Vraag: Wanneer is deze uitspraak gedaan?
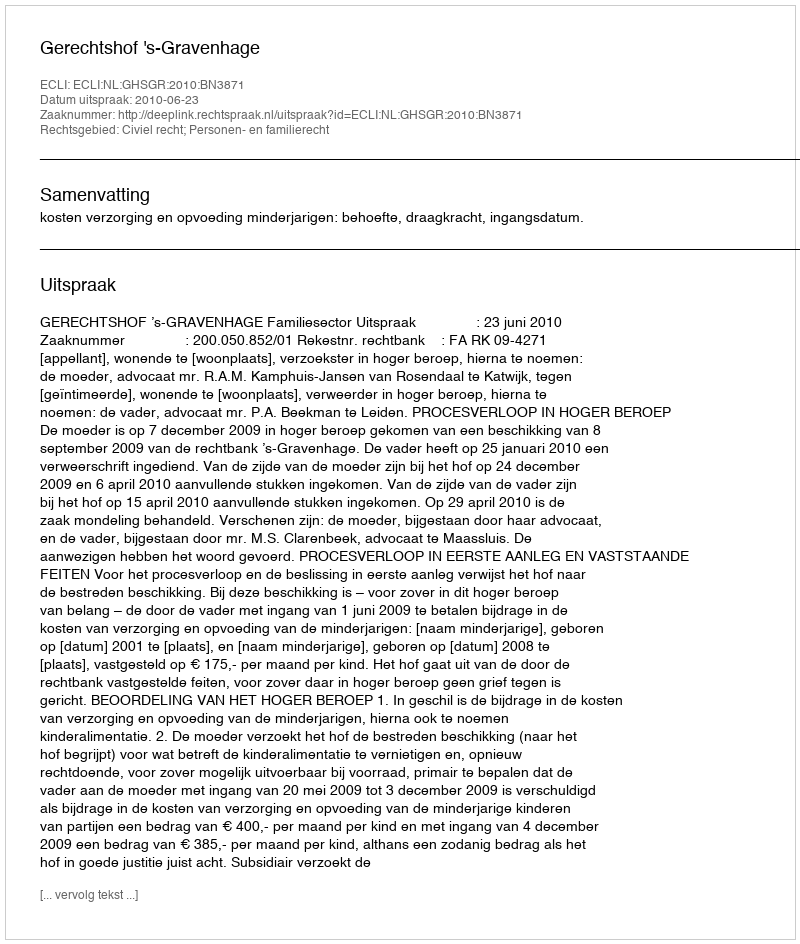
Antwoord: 2010-06-23